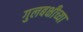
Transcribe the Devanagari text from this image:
गुलबक्षीच्या